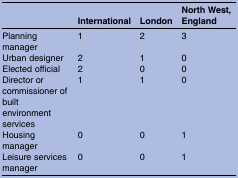
|  | International | London | North West, England |
 | --- | --- | --- | --- |
 | Planning manager | 1 | 2 | 3 |
 | Urban designer | 2 | 1 | 0 |
 | Elected official | 2 | 0 | 0 |
 | Director or commissioner of built environment services | 1 | 1 | 0 |
 | Housing manager | 0 | 0 | 1 |
 | Leisure services manager | 0 | 0 | 1 |